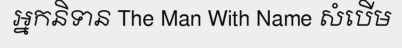
អ្នកនិទាន The Man With Name សំបើម